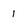
Character: 1